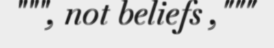
""", not beliefs ,"""